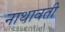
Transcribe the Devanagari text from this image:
नाथावती